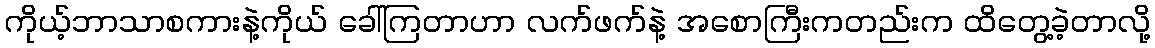
ကိုယ့်ဘာသာစကားနဲ့ကိုယ် ခေါ်ကြတာဟာ လက်ဖက်နဲ့ အစောကြီးကတည်းက ထိတွေ့ခဲ့တာလို့